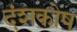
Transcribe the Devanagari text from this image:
दंशकोष